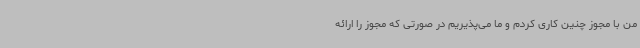
من با مجوز چنین کاری کردم و ما می‌پذیریم در صورتی که مجوز را ارائه